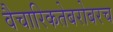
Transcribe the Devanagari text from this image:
वैचारिकतेबरोबरच